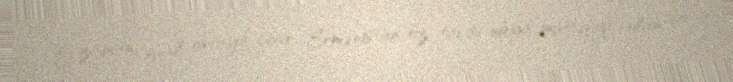
O zaman sual ortaya çıxır: Ermənistan öz tarixi ideya müttəfiqi olan bir